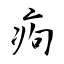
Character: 痀